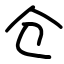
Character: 仓